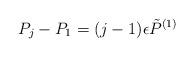
LaTeX: \begin{align*}P_j - P_1 = (j-1)\epsilon \tilde{P}^{(1)} \end{align*}